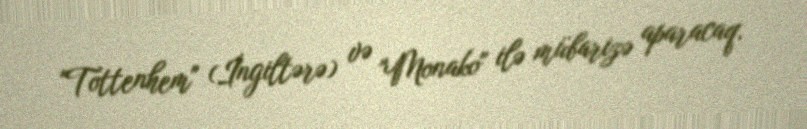
"Tottenhem" (İngiltərə) və "Monako" ilə mübarizə aparacaq.